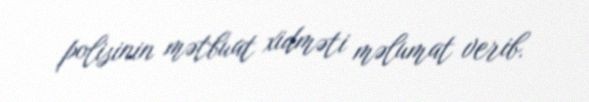
polisinin mətbuat xidməti məlumat verib.